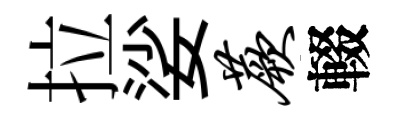
拉娑蕨輟